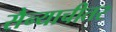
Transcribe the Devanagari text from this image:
सैन्याचीतर